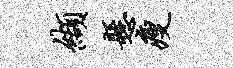
缬悬瘦